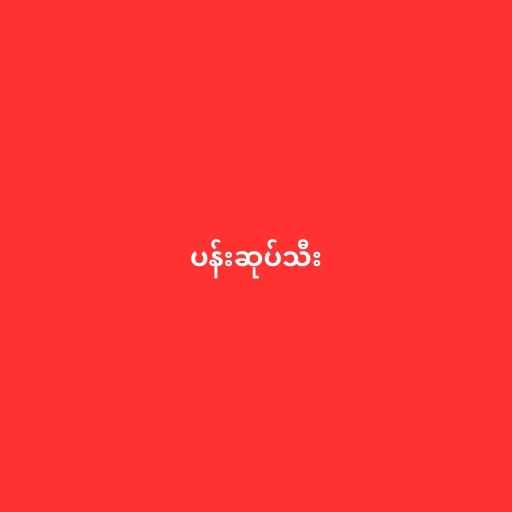
ပန်းဆုပ်သီး